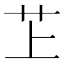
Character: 䒙